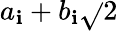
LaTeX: a_{\mathbf{i}}+b_{\mathbf{i}}{\sqrt{}{{2}}}